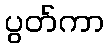
ပွတ်ကာ